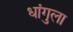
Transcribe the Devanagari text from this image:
धांगुला